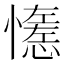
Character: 𢣖